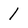
Character: 1